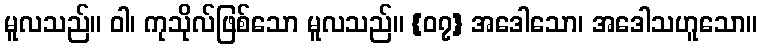
မူလသည်။ ဝါ၊ ကုသိုလ်ဖြစ်သော မူလသည်။ {၀၇} အဒေါသော၊ အဒေါသဟူသော။